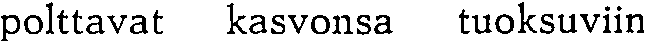
polttavat kasvonsa tuoksuviin